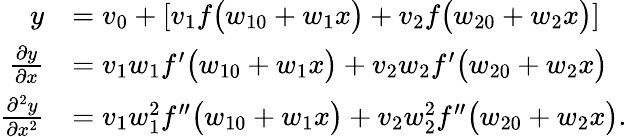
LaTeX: \begin{array}{rl}{y}&{=v_{0}+\left[v_{1}f\big(w_{10}+w_{1}x\big)+v_{2}f\big(w_{20}+w_{2}x\big)\right]}\\ {\frac{\partial y}{\partial x}}&{=v_{1}w_{1}f^{\prime}\big(w_{10}+w_{1}x\big)+v_{2}w_{2}f^{\prime}\big(w_{20}+w_{2}x\big)}\\ {\frac{\partial^{2}y}{\partial x^{2}}}&{=v_{1}w_{1}^{2}f^{\prime\prime}\big(w_{10}+w_{1}x\big)+v_{2}w_{2}^{2}f^{\prime\prime}\big(w_{20}+w_{2}x\big).}\end{array}